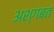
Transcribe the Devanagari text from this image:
अश्गबत